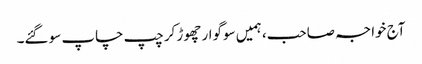
آج خواجہ صاحب، ہمیں سوگوار چھوڑ کر چپ چاپ سو گئے۔